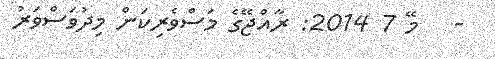
-   މޭ 7 2014: ރާއްޖޭގެ މަސްވެރިކަން މިދުވަސްވަރު